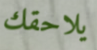
يلاحقك